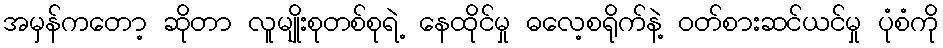
အမှန်ကတော့ ဆိုတာ လူမျိုးစုတစ်စုရဲ့ နေထိုင်မှု ဓလေ့စရိုက်နဲ့ ဝတ်စားဆင်ယင်မှု ပုံစံကို